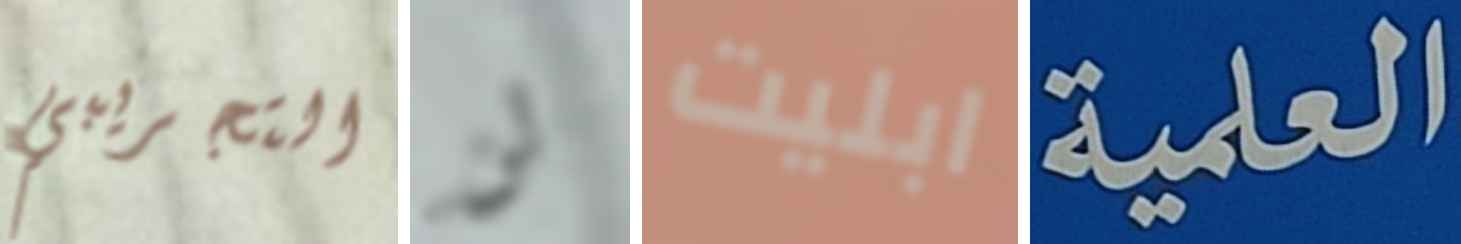
التجريبي لن ابليت العلمية